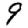
Digit: 9